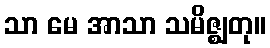
သာ မေ အာသာ သမိဇ္ဈတု။